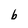
Character: b